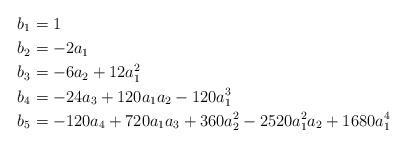
LaTeX: \begin{align*}b_1 & = 1\\b_2 & = -2a_1 \\b_3 & = -6a_2 + 12a_1^2 \\b_4 & = -24a_3 + 120a_1a_2 - 120 a_1^3 \\b_5 & = -120a_4 + 720a_1a_3 + 360a_2^2 -2520a_1^2a_2 + 1680a_1^4\end{align*}